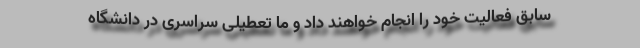
سابق فعالیت خود را انجام خواهند داد و ما تعطیلی سراسری در دانشگاه